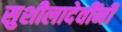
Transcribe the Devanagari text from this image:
सुशीलादेवींनी